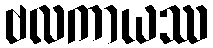
ဗလကာယဿ